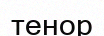
тенор